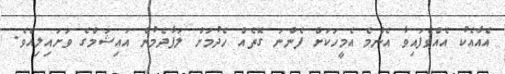
އެއާއެކު އެއްވެފައިވާ އެންމެ އެމީހަކަށް ފެންނަ ގޮތެއް ހެދުމަށް ލަފާދެމުން އައިޝަމްގެ ވަށައިލިއެވެ.